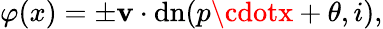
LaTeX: \varphi(x)=\pm\mathbf{v}\cdot\mathrm{{{dn}}}(p\cdotx+\theta,i),